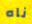
ناه